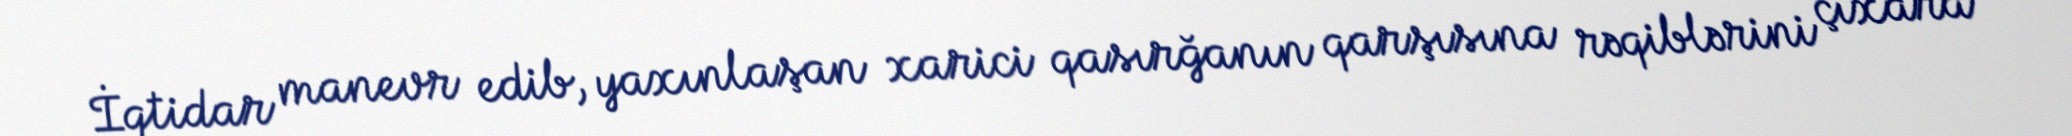
İqtidar manevr edib, yaxınlaşan xarici qasırğanın qarşısına rəqiblərini çıxara